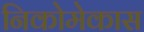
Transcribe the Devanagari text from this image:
निकोमेकास